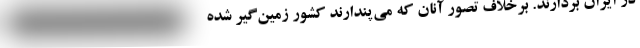
در ایران بردارند. برخلاف تصور آنان که می‌پندارند کشور زمین‌گیر شده